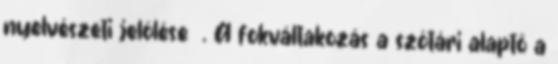
nyelvészeti jelölése ŋ. A fokváltakozás a szótári alaptő a